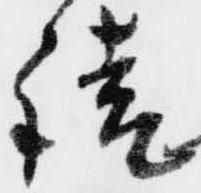
請